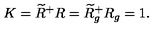
K = \widetilde { R } ^ { + } R = \widetilde { R } _ { g } ^ { + } R _ { g } = 1 .